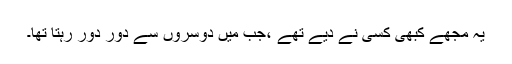
یہ مجھے کبھی کسی نے دیے تھے ،جب میں دوسروں سے دور دور رہتا تھا۔